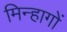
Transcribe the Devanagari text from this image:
मिन्हागों